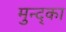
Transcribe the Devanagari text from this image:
मुन्द्का